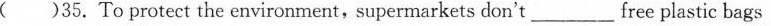
( )35.To protect the environment, supermarkets don't____ free plastic bags